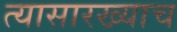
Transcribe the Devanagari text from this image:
त्यासारख्याच